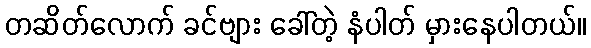
တဆိတ်လောက် ခင်ဗျား ခေါ်တဲ့ နံပါတ် မှားနေပါတယ်။